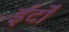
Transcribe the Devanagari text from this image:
ईटोंं